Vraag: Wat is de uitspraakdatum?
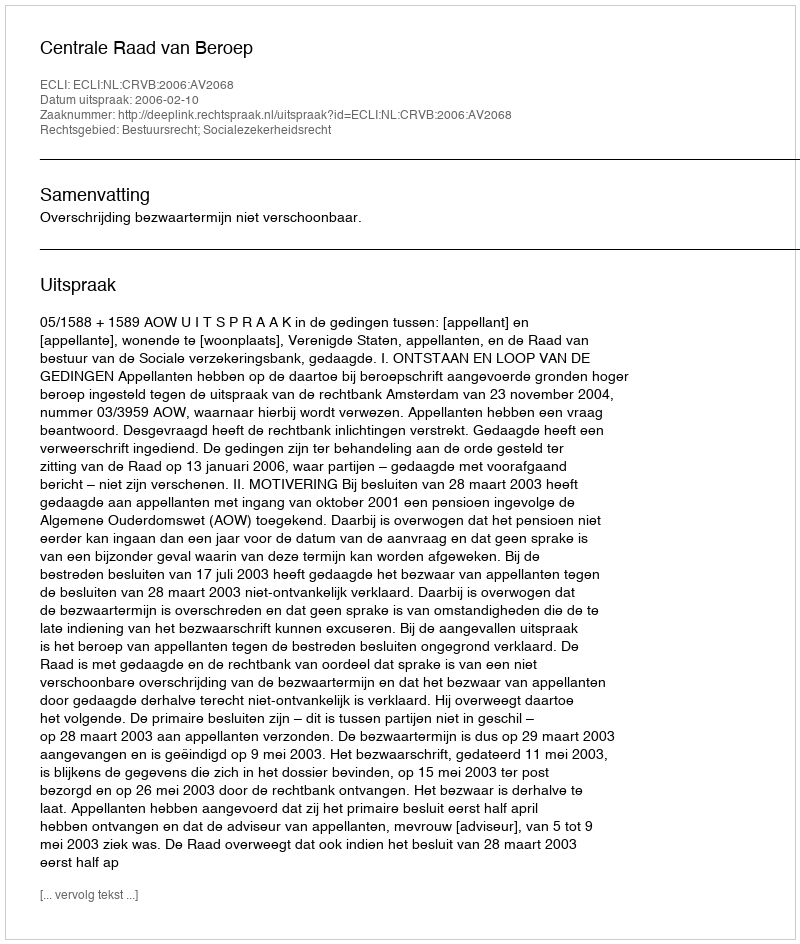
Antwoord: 2006-02-10